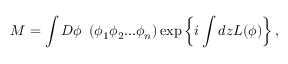
M = \int D \phi \ \left( \phi _ { 1 } \phi _ { 2 } . . . \phi _ { n } \right) \exp \left\{ i \int d z L ( \phi ) \right\} ,